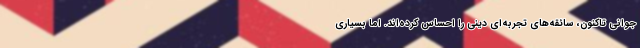
جوانی تاکنون، سائقه‌های تجربه‌ای دینی را احساس کرده‌اند. اما بسیاری